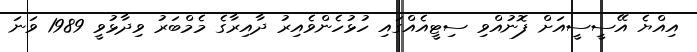
އިއްޔެ އޭސީސީއަށް ފޮނުއްވި ސިޓީއެއްގައި ހުޅުހެންވެއިރު ދާއިރާގެ މެމްބަރު ވިދާޅުވީ 1989 ވަނަ